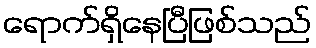
ရောက်ရှိနေပြီဖြစ်သည်